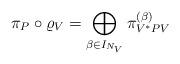
LaTeX: \begin{align*}\pi_P\circ\varrho_V = \bigoplus_{\beta\in I_{N_V}}\pi_{V^*PV}^{(\beta)}\end{align*}